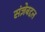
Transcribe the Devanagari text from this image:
संज्ञेबद्दल